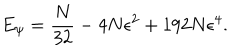
LaTeX: E _ { \psi } = \frac { N } { 3 2 } - 4 N \epsilon ^ { 2 } + 1 9 2 N \epsilon ^ { 4 } .